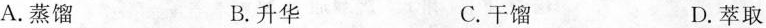
A.蒸馏 B.升华 C.干馏 D.萃取